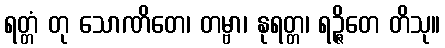
ရတ္တံ တု သောဏိတေ၊ တမ္ဗာ၊ နုရတ္တ၊ ရဉ္ဇိတေ တိသု။